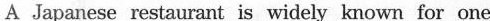
A Japanese restaurant is widely known for one